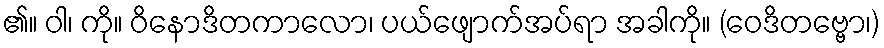
၏။ ဝါ၊ ကို။ ဝိနောဒိတကာလော၊ ပယ်ဖျောက်အပ်ရာ အခါကို။ (ဝေဒိတဗ္ဗော၊)